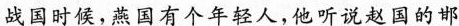
战国时候，燕因有个年轻人，他听说赵国的邯